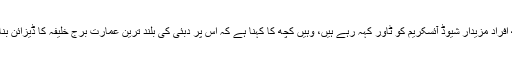
جہاں کچھ افراد مزیدار شیوڈ آئسکریم کو ٹاور کہہ رہے ہیں، وہیں کچھ کا کہنا ہے کہ اس پر دبئی کی بلند ترین عمارت برج خلیفہ کا ڈیزائن بنایا گیا ہے۔